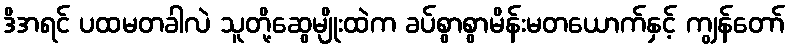
ဒိအရင် ပထမတခါလဲ သူတို့ဆွေမျိုးထဲက ခပ်စွာစွာမိန်းမတယောက်နှင့် ကျွန်တော်